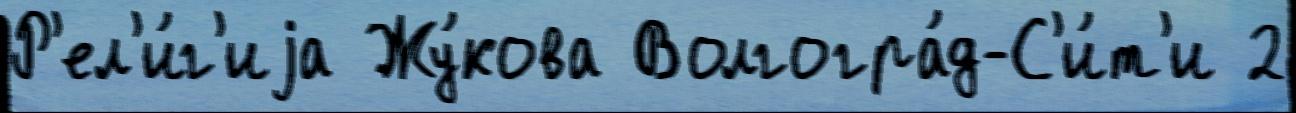
Р'ел'и́г'иjа Жу́кова Волгогра́д-С'и́т'и 2